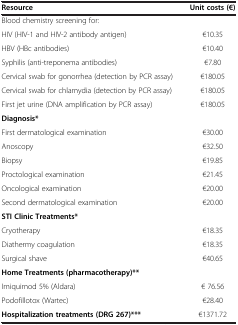
<table><thead><tr><td><b>Resource</b></td><td><b>Unit costs (€)</b></td></tr></thead><tbody><tr><td>Blood chemistry screening for:</td><td> </td></tr><tr><td>HIV (HIV-1 and HIV-2 antibody antigen)</td><td>€10.35</td></tr><tr><td>HBV (HBc antibodies)</td><td>€10.40</td></tr><tr><td>Syphilis (anti-treponema antibodies)</td><td>€7.80</td></tr><tr><td>Cervical swab for gonorrhea (detection by PCR assay)</td><td>€180.05</td></tr><tr><td>Cervical swab for chlamydia (detection by PCR assay)</td><td>€180.05</td></tr><tr><td>First jet urine (DNA amplification by PCR assay)</td><td>€180.05</td></tr><tr><td><b>Diagnosis*</b></td><td> </td></tr><tr><td>First dermatological examination</td><td>€30.00</td></tr><tr><td>Anoscopy</td><td>€32.50</td></tr><tr><td>Biopsy</td><td>€19.85</td></tr><tr><td>Proctological examination</td><td>€21.45</td></tr><tr><td>Oncological examination</td><td>€20.00</td></tr><tr><td>Second dermatological examination</td><td>€20.00</td></tr><tr><td><b>STI Clinic Treatments*</b></td><td> </td></tr><tr><td>Cryotherapy</td><td>€18.35</td></tr><tr><td>Diathermy coagulation</td><td>€18.35</td></tr><tr><td>Surgical shave</td><td>€40.65</td></tr><tr><td><b>Home Treatments (pharmacotherapy)**</b></td><td> </td></tr><tr><td>Imiquimod 5% (Aldara)</td><td>€ 76.56</td></tr><tr><td>Podofillotox (Wartec)</td><td>€28.40</td></tr><tr><td><b>Hospitalization treatments (DRG 267)***</b></td><td>€1371.72</td></tr></tbody></table>